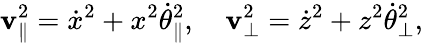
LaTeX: \mathbf{v}_{\parallel}^{2}=\dot{{x}}^{2}+x^{2}\dot{{\theta}}_{\parallel}^{2},\ \ \ \ \mathbf{v}_{\perp}^{2}=\dot{{z}}^{2}+z^{2}\dot{{\theta}}_{\perp}^{2},